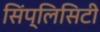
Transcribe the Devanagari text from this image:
सिंप्लिसिटी